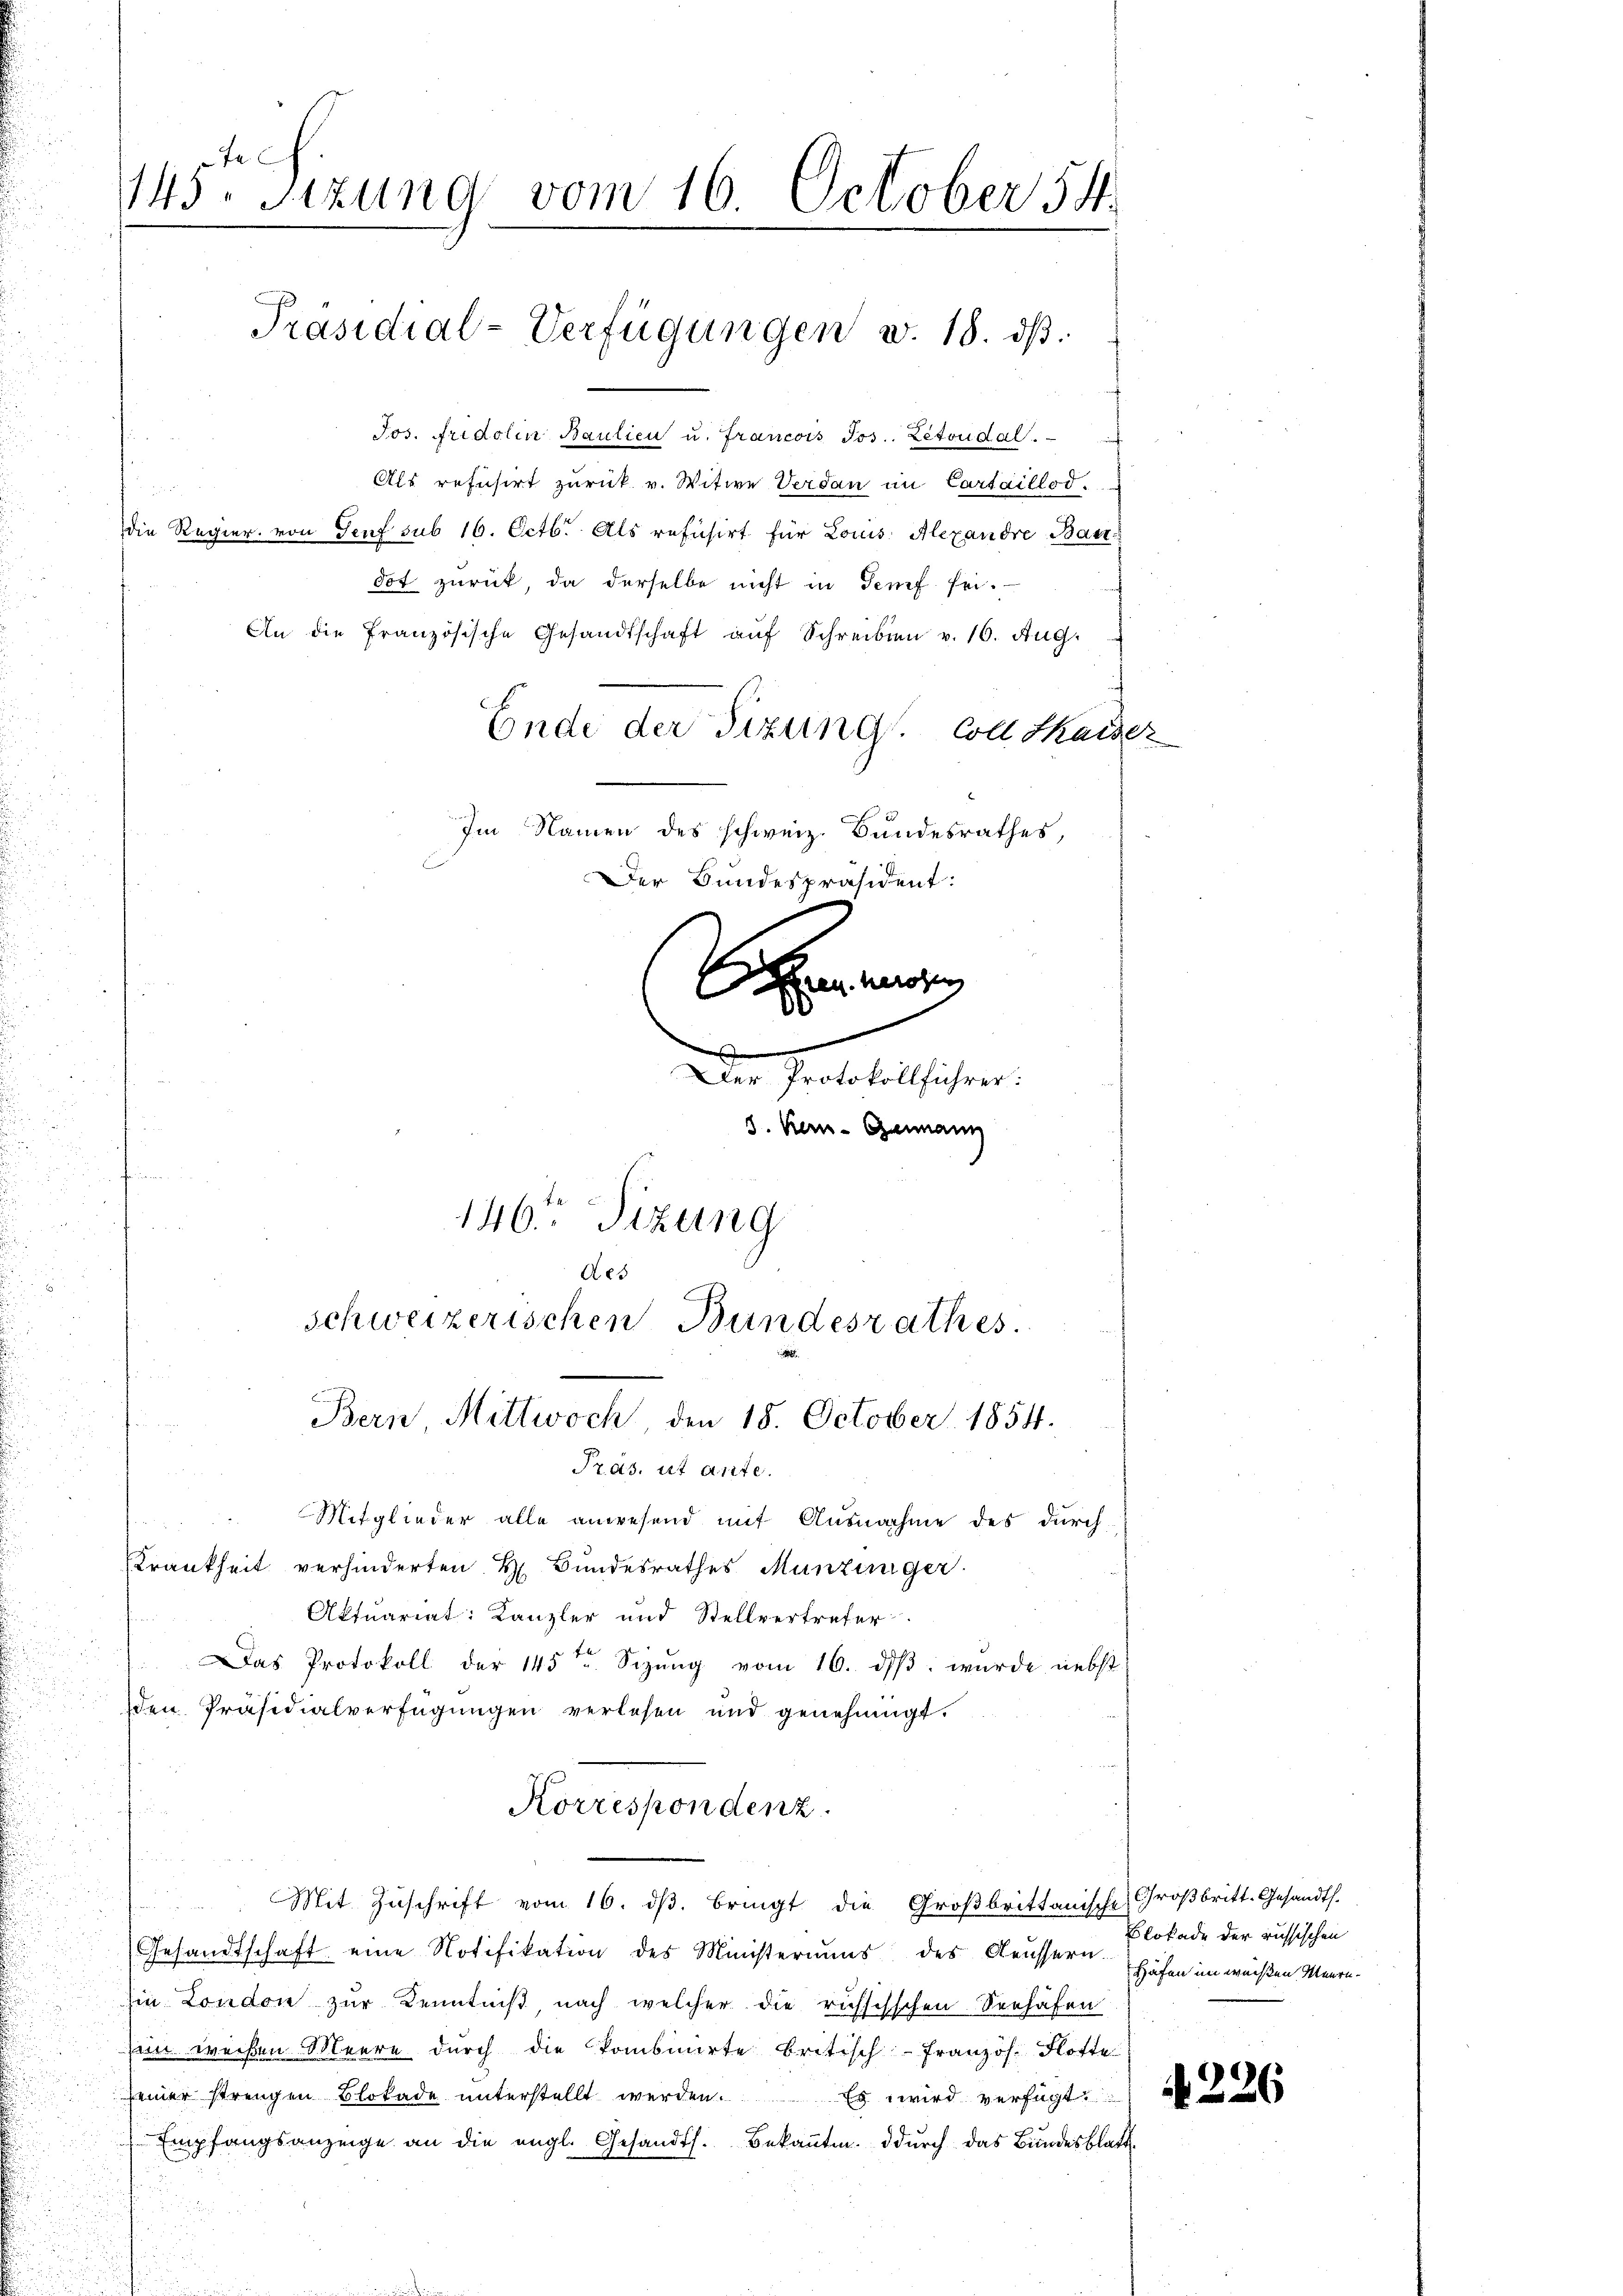
Jos. Fridolin Baulien u. Francois Jos. Letoudal.
Als refusirt zurück v. Witwe Verdan im Cartaillod.
die Regier, von Genf sub 16. Octb. Als refusirt für Louis, Alexandre Baudot zurück, da derselbe nicht in Senf sei.
An die französische Gesandtschaft auf Schreiben v. 16. Aug.
Ende der Sitzung. Coll Kaiser
Pras, ut ante.
Mitglieder alle anwesend mit Ausnahme des durch
Krankheit verhinderten H. Bundesrathes Munzinger.
Aktuariat: Kanzler und Stellvertreter
.
 Das Protokoll der 145te Sizŭng vom 16. dβ. wurde nebst
den Präsidialverfügungen verlesen und genehmigt.
Korrespondenz
 Mit Zŭschrift vom 16. dβ. bringt die Groβbrittanische Großbritt-Gesandts.
Gesandtschaft eine Notifikation des Ministeriums des Aeussern Höfen im weißen Meern-
hie London zur Kenntniß nach welcher die russisschen Seehäfen
Ein weißen Meere durch die kombinirte britisch-Französ. Flotte
seiner strengen Blokade ŭnterstellt werden. Es wird verfügt
Empfangsanzeige an die engl. Gesandts. bekaṅte. Ddŭrch das Bundesblatt

145te Sitzung vom 16. October 54

in

Präsidial-Verfügungen v. 18. dβ.

Im Namen des schweiz. Bundesrathes,
Der Bundespräsident:
.
Der Protokollführer:
3. Kern- Genann
146. Sizung
Aes
schweizerischen Bundesrathes.
Bern, Mittwoch den 18. October 1854.

e

Blokade der russischen

4226